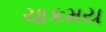
ચાકમય